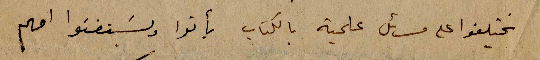
يختلفوا على مسائل علمية بالكتاب يأتوا ويستفتوا امهم